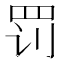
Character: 罚